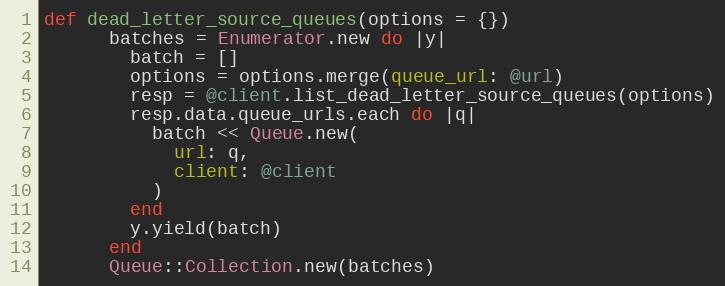
Language: Ruby
def dead_letter_source_queues(options = {})
      batches = Enumerator.new do |y|
        batch = []
        options = options.merge(queue_url: @url)
        resp = @client.list_dead_letter_source_queues(options)
        resp.data.queue_urls.each do |q|
          batch << Queue.new(
            url: q,
            client: @client
          )
        end
        y.yield(batch)
      end
      Queue::Collection.new(batches)